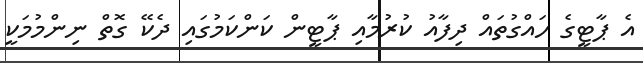
އެ ޕާޓީގެ ހައްގުތައް ދިފާއު ކުރުމާއި ޕާޓީން ކަންކަމުގައި ދެކޭ ގޮތް ނިންމުމަކީ